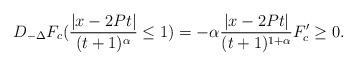
LaTeX: \begin{align*}D_{-\Delta} F_c(\frac{|x-2Pt|}{(t+1)^{\alpha}}\leq 1)= -\alpha \frac{|x-2Pt|}{(t+1)^{1+\alpha}} F_c' \geq 0.\end{align*}